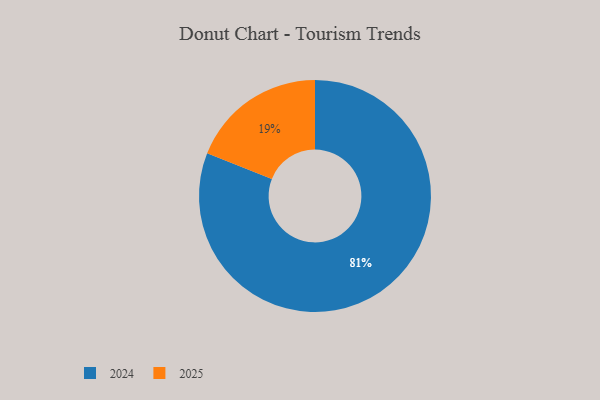
{"axis": {"x": "Category", "y": "Percentage"}, "legend": ["2024", "2025"], "data": [{"x": "2025", "y": 19, "type": "2025"}, {"x": "2024", "y": 81, "type": "2024"}]}